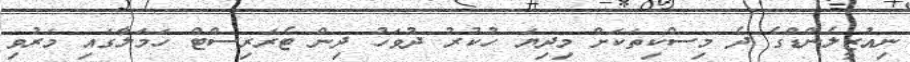
ނިއުޒީލެންޑްގެ ދެ މިސްކިތަކަށް މިދިޔަ ހުކުރު ދުވަހު ދިން ޓެރަރިސްޓް ހަމަލާގައި މަރުވި